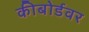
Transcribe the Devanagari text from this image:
कीबोर्डवर